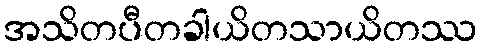
အသိတပီတခါယိတသာယိတဿ